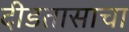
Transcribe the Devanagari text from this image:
दीडतासाचा